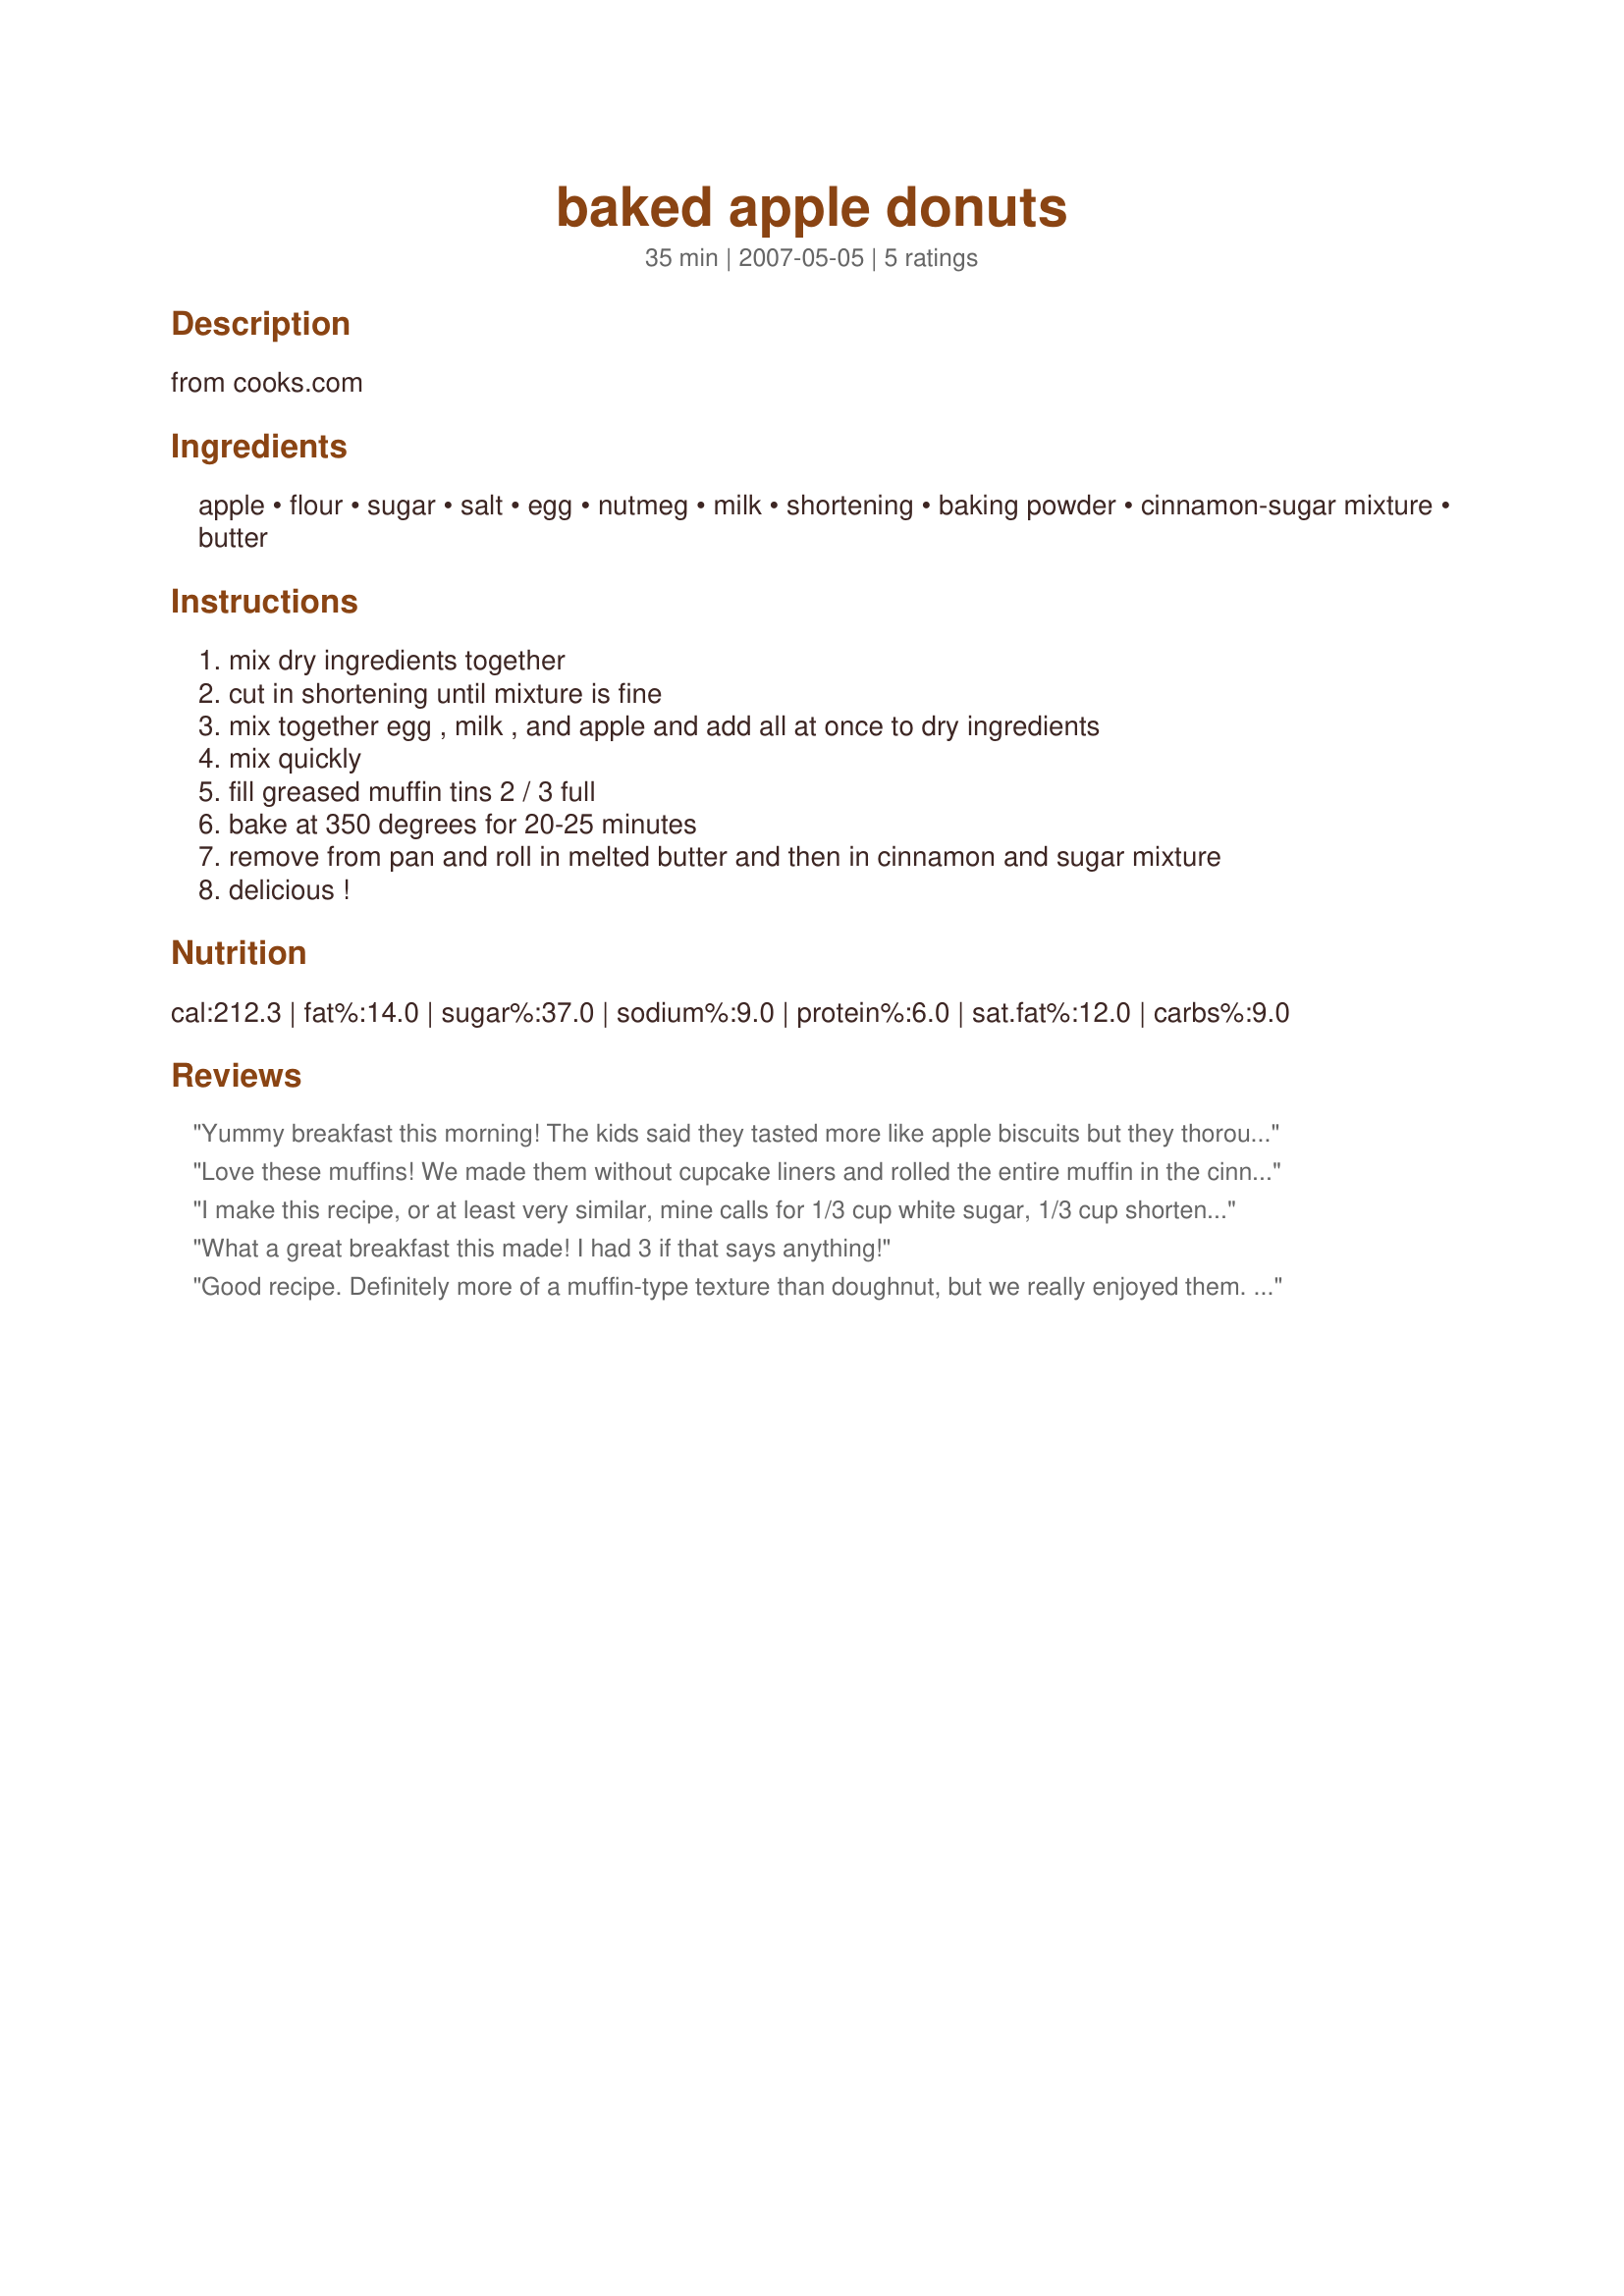
baked apple donuts
Preparation time: 35 minutes

from cooks.com

Ingredients:
apple, flour, sugar, salt, egg, nutmeg, milk, shortening, baking powder, cinnamon-sugar mixture, butter

Steps:
mix dry ingredients together, cut in shortening until mixture is fine, mix together egg , milk , and apple and add all at once to dry ingredients, mix quickly, fill greased muffin tins 2 / 3 full, bake at 350 degrees for 20-25 minutes, remove from pan and roll in melted butter and then in cinnamon and sugar mixture, delicious !

Reviews:
Yummy breakfast this morning! The kids said they tasted more like apple biscuits but they thoroughly enjoyed them. I made a double batch as this took my whole apple. I got 12 good size muffins. Thanks, Julie!
Love these muffins! We made them without cupcake liners and rolled the entire muffin in the cinnamon/sugar/butter mixture. Made 6 regular size muffins and a tray of mini-muffins. Bite-sized ones were better it seemed, more cinnamon to the "bite". Grandkiddies loved them and we'll make them again! Thanks Julie for sharing!
I make this recipe, or at least very similar, mine calls for 1/3 cup white sugar, 1/3 cup shortening, and 3/4 cup apple. This has been a family favorite and a regular go to in winter! I am not reposting with the change in quantities as the recipes are so close. This is a nice cake donut, and I make mine in a mini muffin tin. We all enjoy them alot!
What a great breakfast this made! I had 3 if that says anything!
Good recipe. Definitely more of a muffin-type texture than doughnut, but we really enjoyed them. I substituted margarine for shortening. I think it workd well. I would have liked more of an apple flavor to these. I think I will add more apple next time. Kids and DH enjoyed them. I will make these again.
